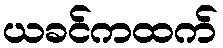
ယခင်ကထက်